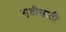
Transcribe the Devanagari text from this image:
सृष्टीसाठी